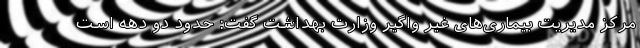
مرکز مدیریت بیماری‌های غیر واگیر وزارت بهداشت گفت: حدود دو دهه است